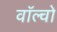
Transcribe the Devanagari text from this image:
वॉल्‍वो